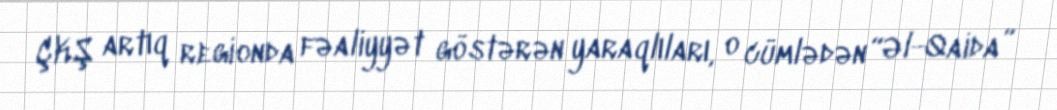
ÇKŞ artıq regionda fəaliyyət göstərən yaraqlıları, o cümlədən “Əl-Qaida”